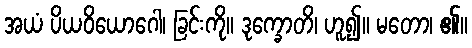
အယံ ပိယဝိယောဂေါ၊ ခြင်းကို။ ဒုက္ခောတိ၊ ဟူ၍။ မတော၊ ၏။